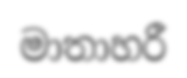
මාතාහරී